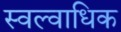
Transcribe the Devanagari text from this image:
स्वल्वाधिक